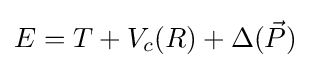
E=T+V_{c}(R)+\Delta ({\vec {P}})